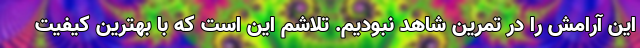
این آرامش را در تمرین شاهد نبودیم. تلاشم این است که با بهترین کیفیت